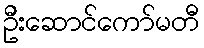
ဦးဆောင်ကော်မတီ